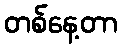
တစ်နေ့တာ